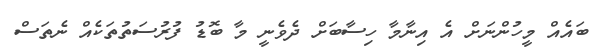
ބައެއް މީހުންނަށް އެ އިނާމާ ހިސާބަށް ދެވެނީ މާ ބޮޑު ފުރުސަތުތަކެއް ނެތަސް